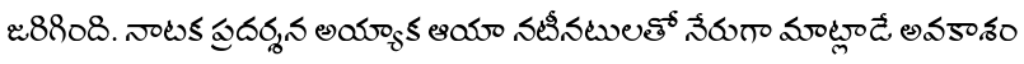
జరిగింది. నాటక ప్రదర్శన అయ్యాక ఆయా నటీనటులతో నేరుగా మాట్లాడే అవకాశం